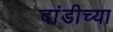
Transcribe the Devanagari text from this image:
दांडीच्या